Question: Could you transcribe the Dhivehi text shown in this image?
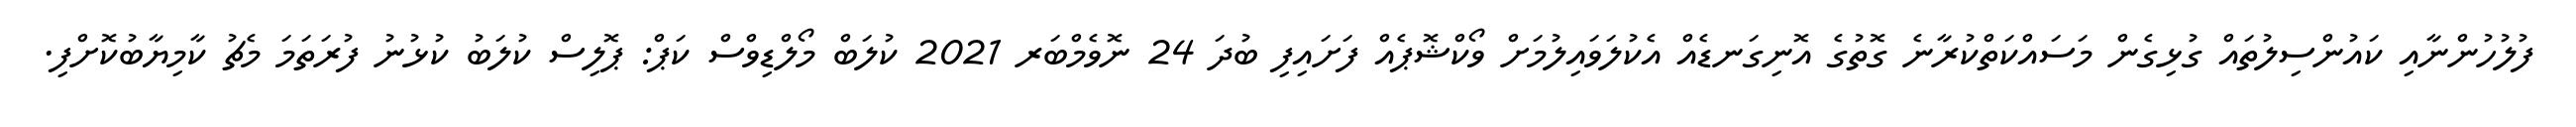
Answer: ފުލުހުންނާއި ކައުންސިލުތައް ގުޅިގެން މަސައްކަތްކުރާނެ ގޮތުގެ އޮނިގަނޑެއް އެކުލަވައިލުމަށް ވޯކްޝޮޕެއް ފަށައިފި ބުދަ 24 ނޮވެމްބަރ 2021 ކުލަބް މޯލްޑިވްސް ކަޕް: ޕޮލިސް ކުލަބު ކުޅުނު ފުރަތަމަ މެޗު ކާމިޔާބުކޮށްފި.